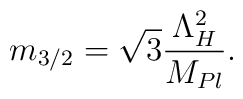
m_{3/2} = \sqrt{3} \frac{\Lambda_H^2}{M_{Pl}}.